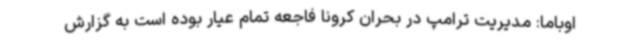
اوباما: مدیریت ترامپ در بحران کرونا فاجعه تمام عیار بوده است به گزارش